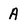
Character: A